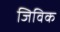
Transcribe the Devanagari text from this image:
जिविक